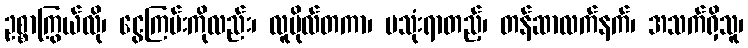
ဥစ္စာကြွယ်လို၊ ငွေကြမ်းကိုလည်း၊ လူဗိုလ်တကာ၊ မသုံးရာတည့်၊ တန်ဆာလက်နက်၊ အသက်ရှိသူ၊